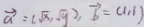
\overrightarrow { a } = ( \sqrt { x } , \sqrt { y } ) \overrightarrow { b } = ( 1 , 1 )